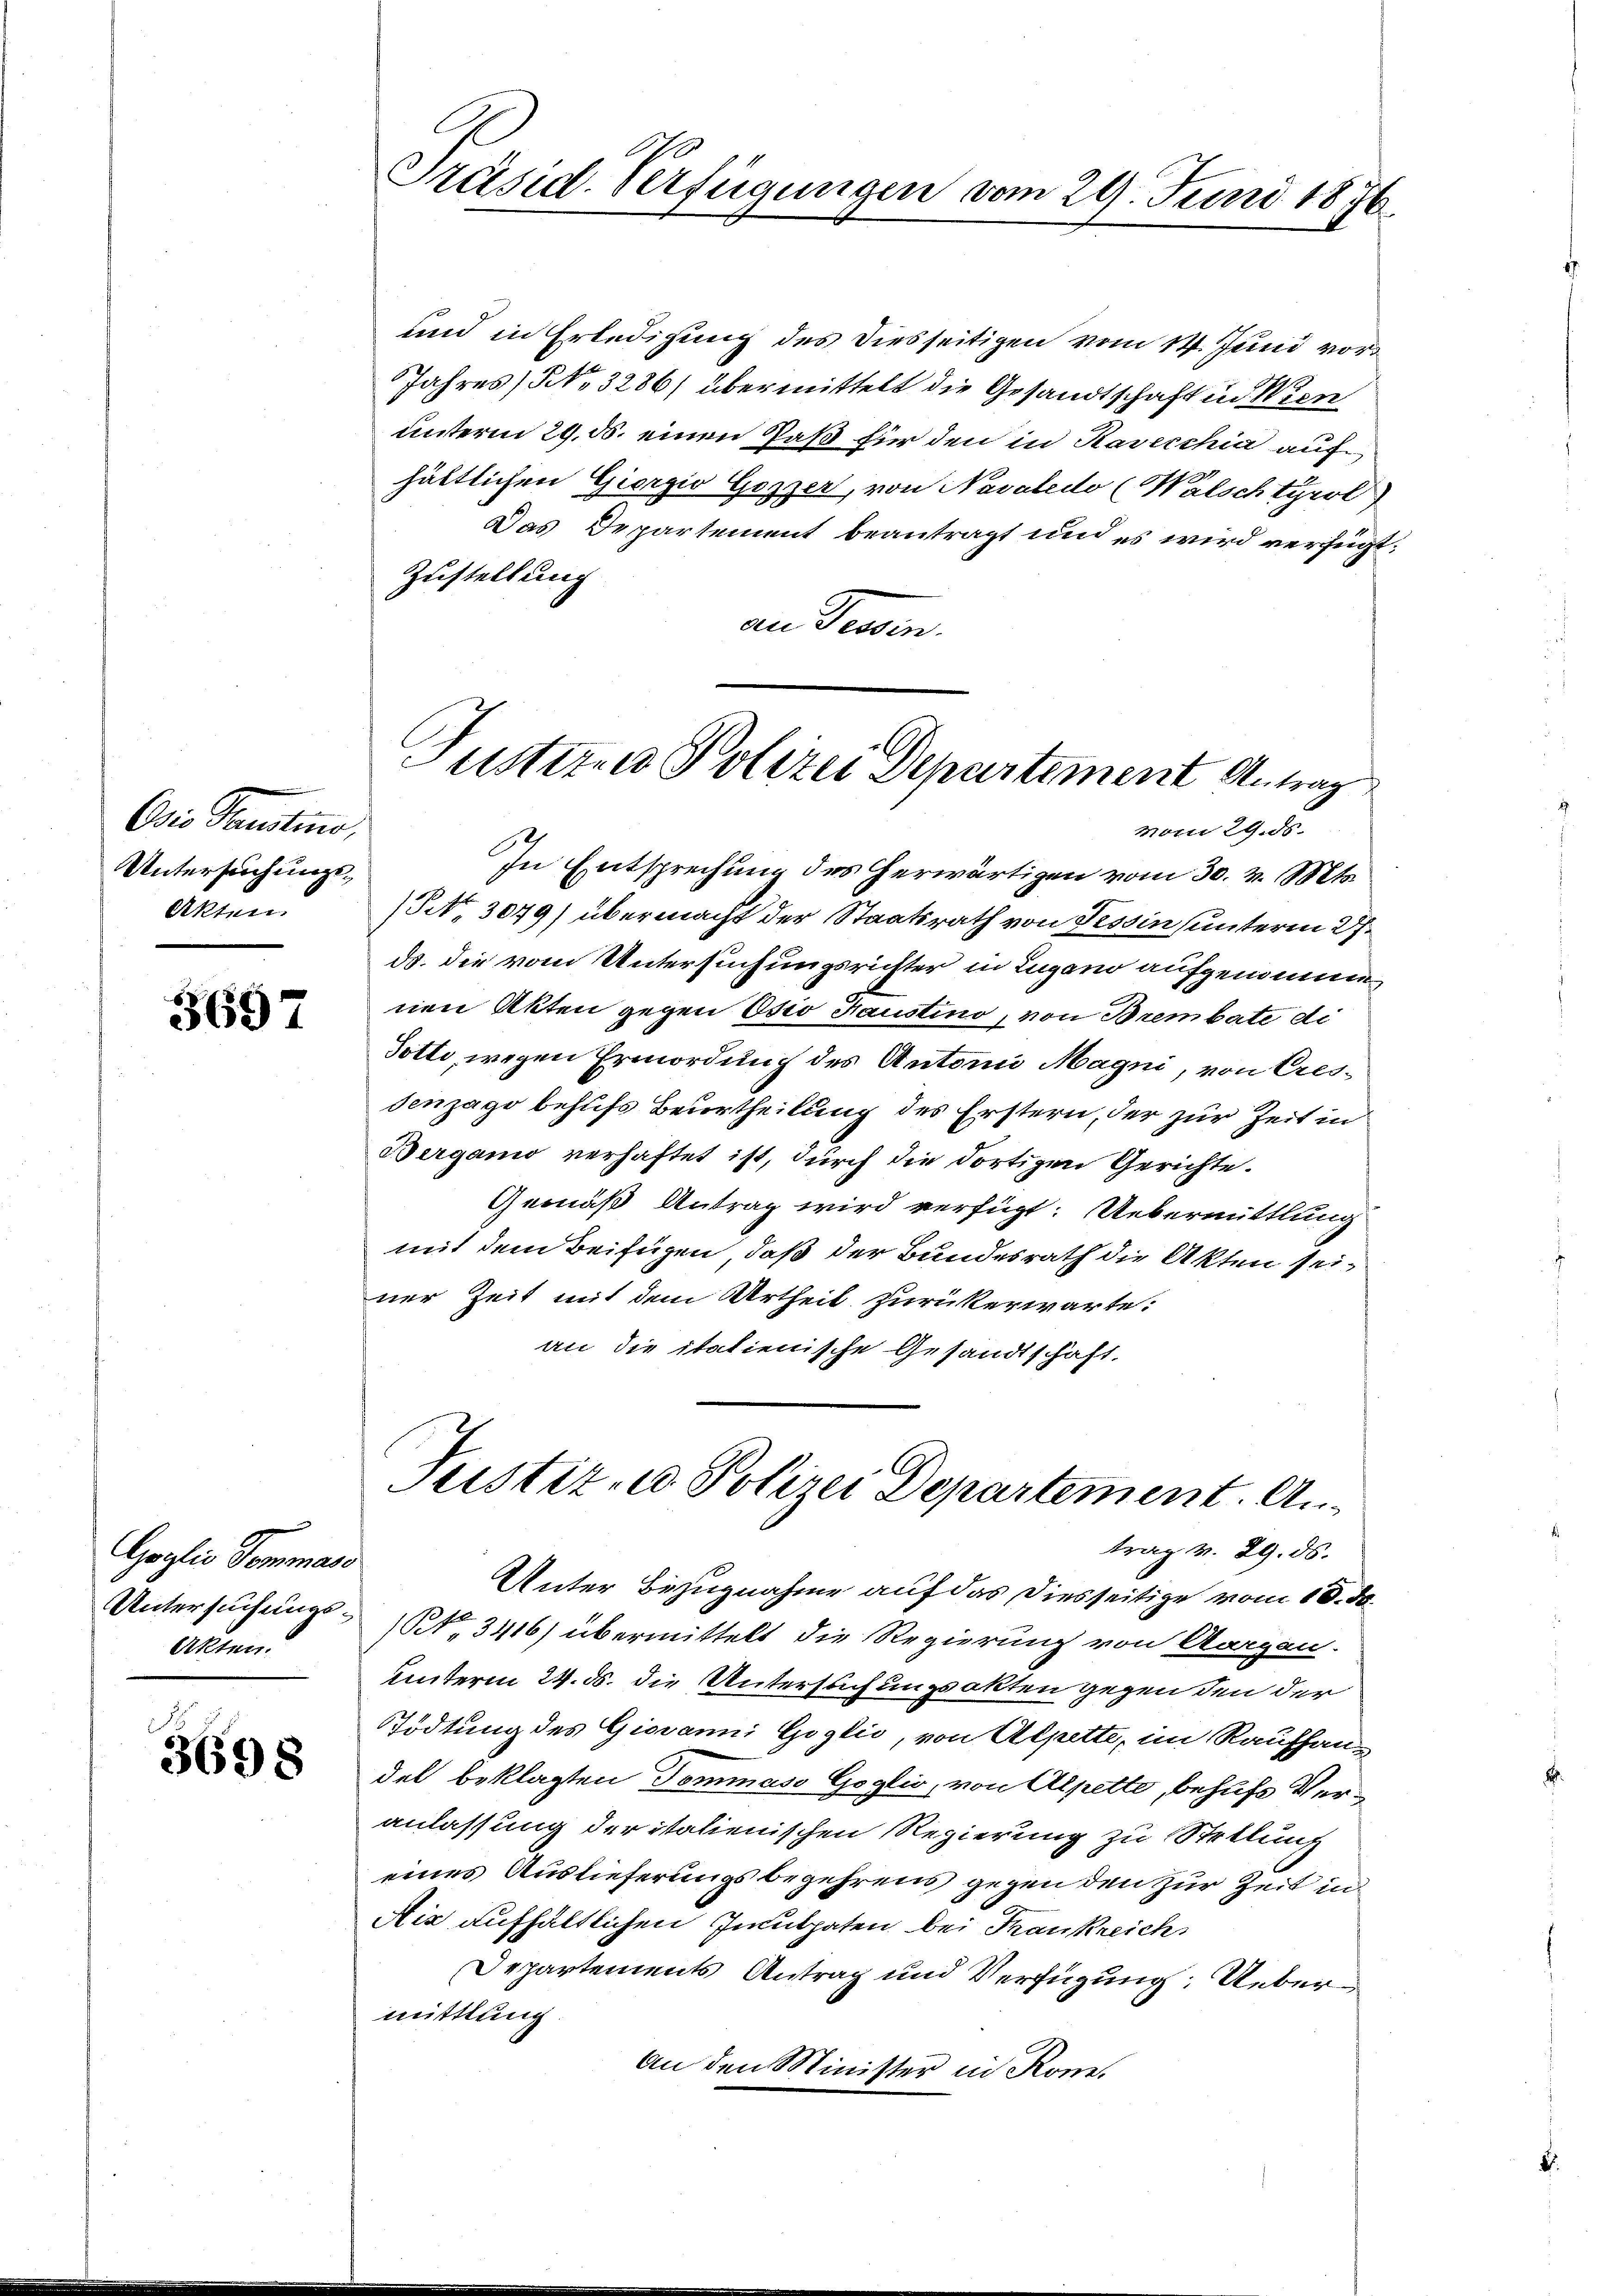
e
Osis Faustino,
Untersuchungs¬
Akten

3697

Goglio dommand
Akten.

3698

und in Erledigung des diesseitigen vom 14. Juni vor
Jahres No. 3286) übermittelt die Gesandtschaft in Wen
unterm 29. ds. einen Paß für den in Ravecchia auf
hältlichen Giorgio Gozzer, von Navalido (Walsch tyrol
Das Departement beantragt und es wird verfügt.
Zustellung
an diesen.
In Entsprechung des herwärtigen vom 30. v. Mts.
NNo. 3049) übermacht der Staatsrath von Tessin unterm 27.
ds. die vom Untersuchungsrichter in Lugano aufgenomme
nen Akten gegen Osio Haustino, von Brembate di
Totti, wegen Ermordung des Antonii Magni, von Cressenzago behufs Beurtheilung des Erstern, der zur Zeit in
Berganio verhaftet ist, durch die dortigen Gerichte.
Gemäß Antrag wird verfügt: Uebermittlung
mit dem Beifügen, daß der Bundesrath die Akten seiner Zeit mit dem Urtheil zurückerwarte:
an die italienische Gesandtschaft.
Justiz- u Polizei Departement. An
trag v. 29. ds.
Unter Bezugnahme auf das diesseitige vom 10. d.
Untersuchungs- (§ 3416) übermittelt die Regierung von Aargau.
Unterm 24. ds. die Untersuchungsakten gegen den der
Tödtung des Giovanni Goglić, von Alpette, im Raufhaudel beklagten Dommaso Goglio, von Alpette, behufs Veranlassung der italienischen Regierung zu Stellung
eines Auslieferungsbegehrens gegen den zur Zeit in
Aić aufhältlichen Inculpaten bei Frankreich
Departements Antrag und Verfügung: Uebermittlung.
An den Minister in Kone.

Präsid. Verfügungen vom 29. Juni 1876.

Justizen Polizei Departement Antrag
vom 29. ds.